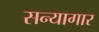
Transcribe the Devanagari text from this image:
सन्यागार